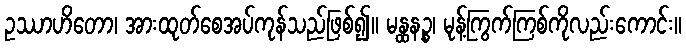
ဥဿာဟိတော၊ အားထုတ်စေအပ်ကုန်သည်ဖြစ်၍။ မန္ထနဉ္စ၊ မုန့်ကြွက်ကြစ်ကိုလည်းကောင်း။